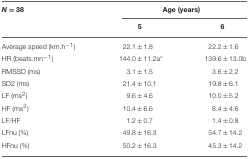
| N = 38 | <COLSPAN=2> Age (years) |
 |  | 5 | 6 |
 | --- | --- | --- |
 | Average speed (km.h−1) | 22.1 ± 1.8 | 22.2 ± 1.6 |
 | HR (beats.mn−1) | 144.0 ± 11.2a* | 139.6 ± 13.0b |
 | RMSSD (ms) | 3.1 ± 1.5 | 3.6 ± 2.2 |
 | SD2 (ms) | 21.4 ± 10.1 | 19.8 ± 6.1 |
 | LF (ms2) | 9.6 ± 4.6 | 10.0 ± 5.2 |
 | HF (ms2) | 10.4 ± 6.6 | 8.4 ± 4.6 |
 | LF/HF | 1.2 ± 0.7 | 1.4 ± 0.8 |
 | LFnu (%) | 49.8 ± 16.3 | 54.7 ± 14.2 |
 | HFnu (%) | 50.2 ± 16.3 | 45.3 ± 14.2 |